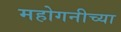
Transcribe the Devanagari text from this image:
महोगनीच्या